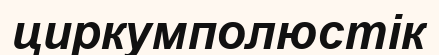
циркумполюстік